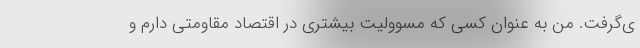
ی‌گرفت. من به عنوان کسی که مسوولیت بیشتری در اقتصاد مقاومتی دارم و